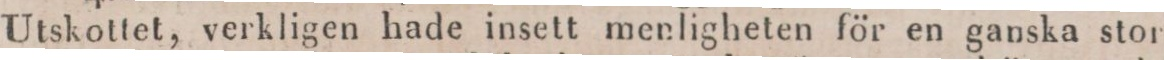
Utskottet, verkligen hade insett menligheten för en ganska stor